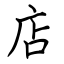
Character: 店